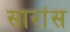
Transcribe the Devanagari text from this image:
सारांस